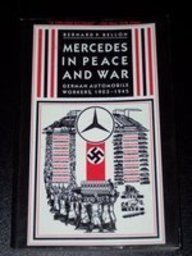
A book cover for Mercedes in Peace and War: German Automobile Workers, 1903-1945; Bernard P. Bellon; Business & Money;